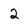
Character: 2